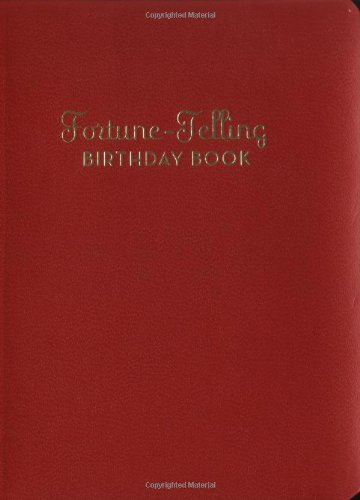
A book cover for Fortune-Telling Birthday Book; Religion & Spirituality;